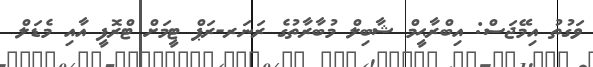
ވަގުތު އިމޭޖަސް: އިބްރާޙީމް ޝާބިލް މުބާރާތުގެ ރަނަރ-ރަޕް ޓީމަށް ޓްރޮފީ އާއި މެޑަލް